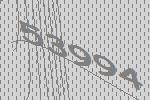
53994